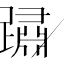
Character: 𨅋